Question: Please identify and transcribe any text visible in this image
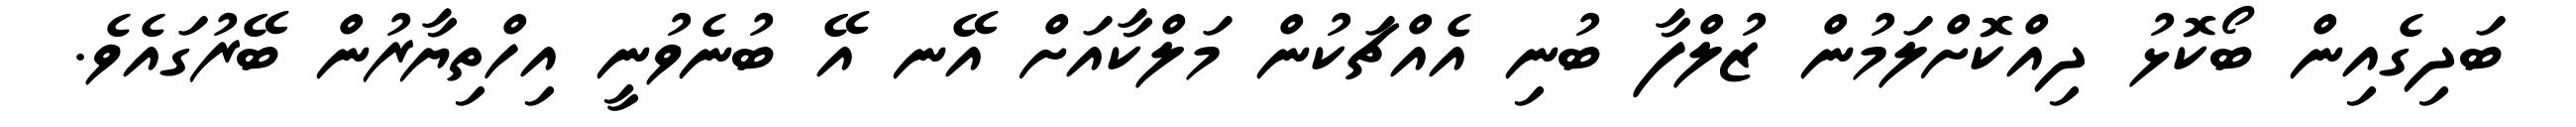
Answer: ބަދިގެއިން ބޯކޮޅު ދިއްކޮށްލަމުން ޒުލްފާ ބުނި އެއްޗަކުން މަލްކާއަށް އޭނ އޭ ބުނެވުނީ އިހްތިޔާރުން ބޭރުގައެވެ.